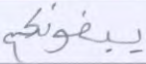
يبغونكم